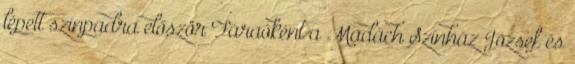
lépett színpadra először Fáraóként a Madách Színház József és